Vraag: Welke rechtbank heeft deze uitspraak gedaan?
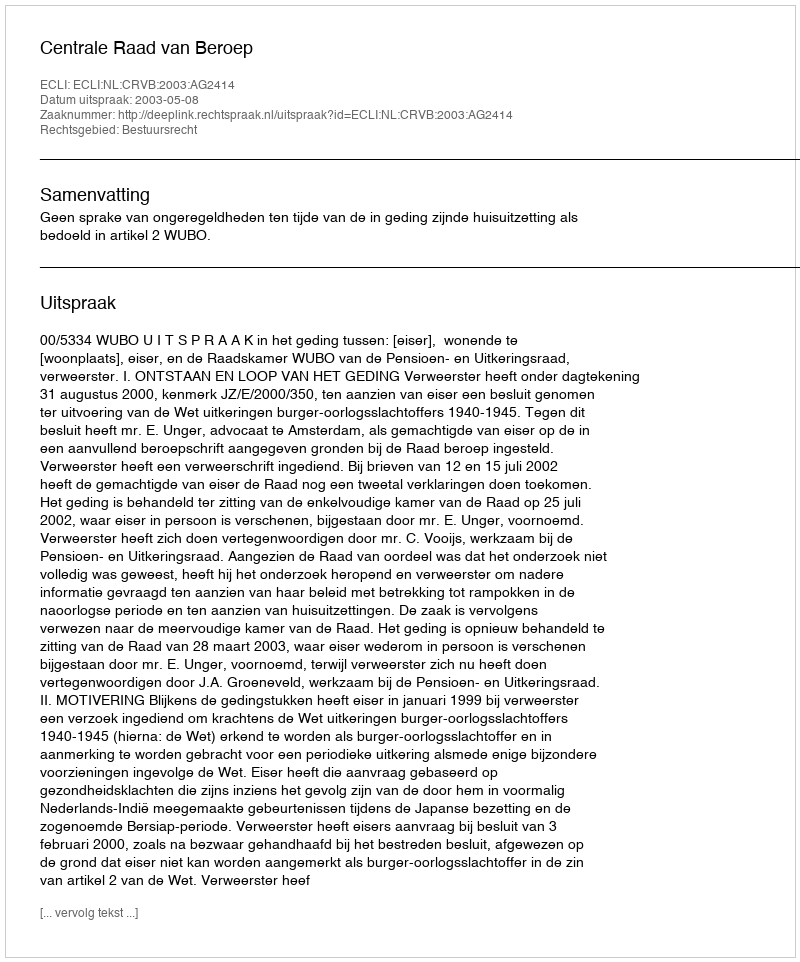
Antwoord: Centrale Raad van Beroep